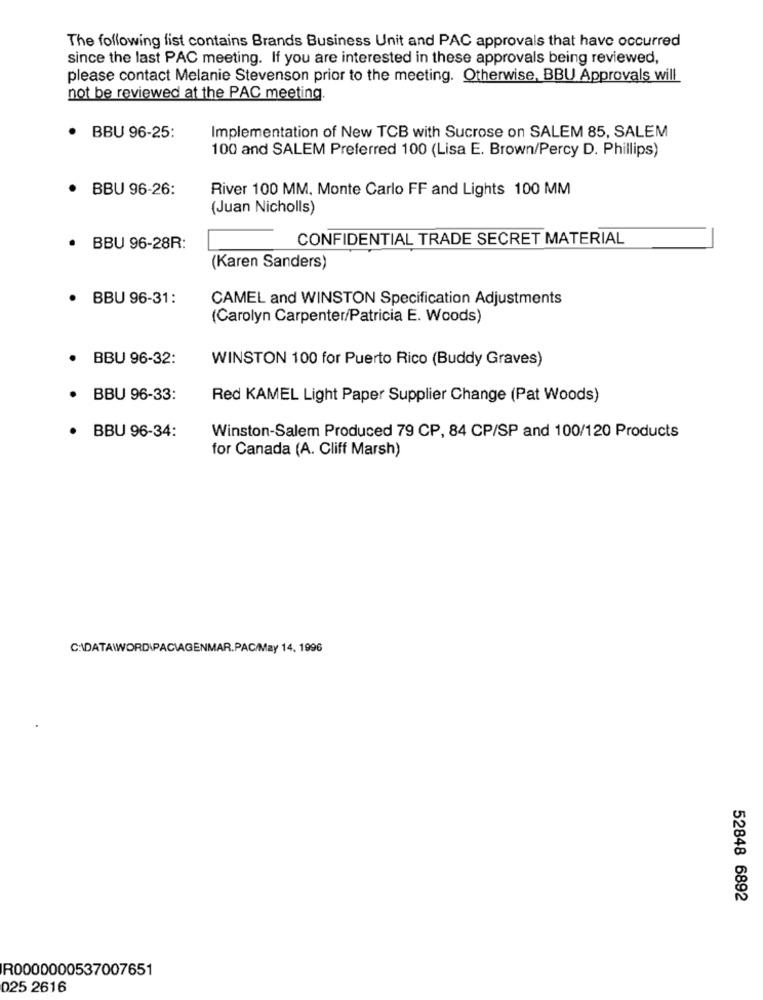
The following list contains Brands Business Unit and PAC approvals that have occurred
since the last PAC meeting. If you are interested in these approvals being reviewed,
please contact Melanie Stevenson prior to the meeting. Otherwise, BBU Approvals will
not be reviewed at the PAC meeting.
· BBU 96-25:
Implementation of New TCB with Sucrose on SALEM 85, SALEM
100 and SALEM Preferred 100 (Lisa E. Brown/Percy D. Phillips)
· BBU 96-26:
River 100 MM, Monte Carlo FF and Lights 100 MM
(Juan Nicholls)
CONFIDENTIAL TRADE SECRET MATERIAL
· BBU 96-28R:
(Karen Sanders)
· BBU 96-31:
CAMEL and WINSTON Specification Adjustments
(Carolyn Carpenter/Patricia E. Woods)
· BBU 96-32:
WINSTON 100 for Puerto Rico (Buddy Graves)
· BBU 96-33:
Red KAMEL Light Paper Supplier Change (Pat Woods)
· BBU 96-34:
Winston-Salem Produced 79 CP, 84 CP/SP and 100/120 Products
for Canada (A. Cliff Marsh)
C:\DATAWWORD\PACIAGENMAR.PAC/May 14, 1996
52848 6892
R0000000537007651
025 2616